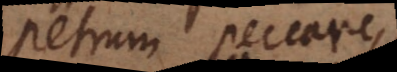
Petrum peccare,